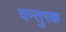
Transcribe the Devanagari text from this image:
दन्तुरक